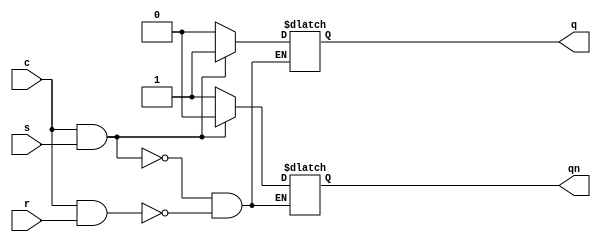
module SR_latch(s,r,c,q,qn);

input s,r,c;

output reg q;
output reg qn;

always @ (s,r,c)

if (c & s) 
    {q,qn} <= 2'b10;

else if (c & r)
    {q,qn} <= 2'b01;


endmodule



module SR_latch_control(s,r,c,q,qn);

input c;
input [3:0] s,r;

output [3:0] q,qn;

SR_latch islem1(s[0],r[0],c,q[0],qn[0]);
SR_latch islem2(s[1],r[1],c,q[1],qn[1]);
SR_latch islem3(s[2],r[2],c,q[2],qn[2]);
SR_latch islem4(s[3],r[3],c,q[3],qn[3]);


endmodule




module SR_latch_control_tb();

reg [3:0] s,r;
reg c;

wire [3:0] q,qn;

SR_latch_control uut(

.s(s),
.r(r),
.c(c),
.q(q),
.qn(qn)
);

initial begin

c = 1'b0;
s = 4'h0;
r = 4'h0;
#10;

c = 1'b0;
s = 4'hF;
r = 4'h0;
#10;

c = 1'b1;
s = 4'h0;
r = 4'h0;
#10;

c = 1'b1;
s = 4'hA;
r = 4'h5;
#10;

c = 1'b1;
s = 4'h0;
r = 4'h0;
#10;

c = 1'b1;
s = 4'hF;
r = 4'hA;
#10;

c = 1'b1;
s = 4'h0;
r = 4'h5;
#10;

c = 1'b1;
s = 4'h0;
r = 4'h0;
#10;

end 

endmodule